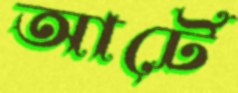
আর্টে